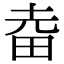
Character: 𤱒